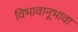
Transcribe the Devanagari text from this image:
विभावानूभावा